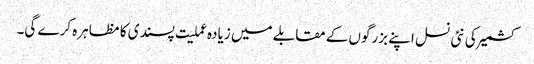
کشمیر کی نئی نسل اپنے بزرگوں کے مقابلے میں زیادہ عملیت پسندی کا مظاہرہ کرے گی۔